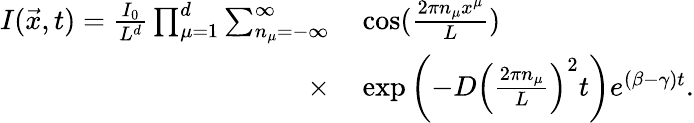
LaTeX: \begin{array}{rl}{I(\vec{x},t)=\frac{I_{0}}{L^{d}}\prod_{\mu=1}^{d}\sum_{n_{\mu}=-\infty}^{\infty}}&{{}\cos(\frac{2\pi n_{\mu}x^{\mu}}{L})}\\ {\times}&{{}\exp\left(-D\left(\frac{2\pi n_{\mu}}{L}\right)^{2}t\right)e^{(\beta-\gamma)t}.}\end{array}